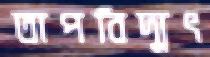
তাপবিদ্যুৎ